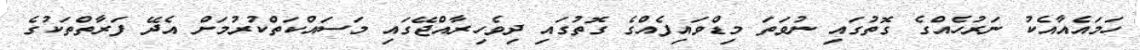
ހަމައެއާއެކު ނަރުހެއްގެ ގޮތުގައި ނުވަތަ މިޑްވައިފެއްގެ ގޮތުގައި ދިވެހިރާއްޖޭގައި މަސައްކަތްކުރުމަށް އެދޭ ފަރާތްތަކުގެ